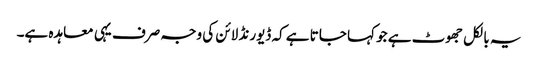
یہ بالکل جھوٹ ہے جو کہا جاتا ہے کہ ڈیورنڈ لائن کی وجہ صرف یہی معاہدہ ہے۔